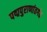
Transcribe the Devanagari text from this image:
पद्मपुराणांतर्गत